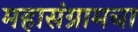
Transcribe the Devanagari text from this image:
महासंग्रामचा